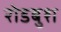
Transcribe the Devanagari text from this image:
रोडबुश